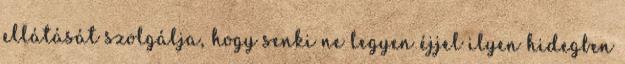
ellátását szolgálja, hogy senki ne legyen éjjel ilyen hidegben